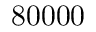
8 0 0 0 0